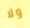
ولا